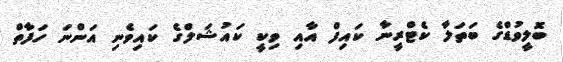
ބޮލީވުޑްގެ ބަތަލާ ކެޓްރީނާ ކައިފް އާއި ވިކީ ކައުޝަލްގެ ކައިވެނި އަންނަ ހަފާތް